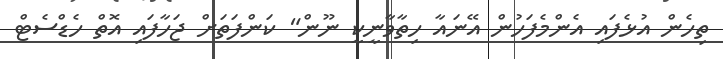
ތިހެން އުޅެފައި އެންމެފަހުން އޭނައާ ހިތާވާނީކީ ނޫން" ކަންފަތަށް ޖަހާފައި އޮތް ހެޑްސެޓް